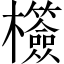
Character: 𣠺